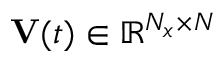
\mathbf { V } ( t ) \in \mathbb { R } ^ { N _ { x } \times N }